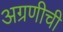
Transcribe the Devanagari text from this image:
अग्रणीची